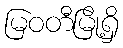
မြဝတီမြို့ရှိ